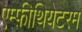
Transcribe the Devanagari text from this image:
एम्फ़ीथियेटरम